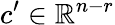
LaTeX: c^{\prime}\in\mathbb{R}^{n-r}